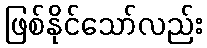
ဖြစ်နိုင်သော်လည်း